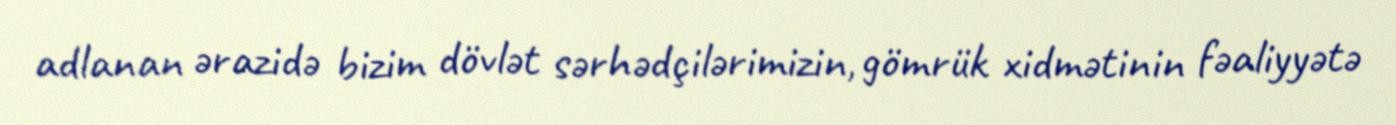
adlanan ərazidə bizim dövlət sərhədçilərimizin, gömrük xidmətinin fəaliyyətə